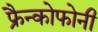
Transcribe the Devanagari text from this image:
फ्रैन्कोफोनी